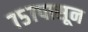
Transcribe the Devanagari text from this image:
७५७पासून